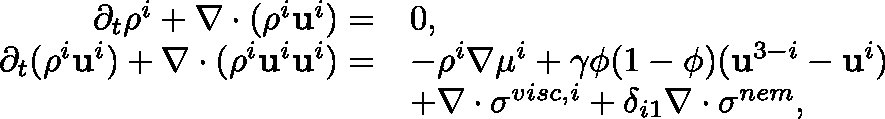
\begin{array} { r l } { \partial _ { t } \rho ^ { i } + \nabla \cdot ( \rho ^ { i } \mathbf { u } ^ { i } ) = } & { 0 , } \\ { \partial _ { t } ( \rho ^ { i } \mathbf { u } ^ { i } ) + \nabla \cdot ( \rho ^ { i } \mathbf { u } ^ { i } \mathbf { u } ^ { i } ) = } & { - \rho ^ { i } \nabla \mu ^ { i } + \gamma \phi ( 1 - \phi ) ( \mathbf { u } ^ { 3 - i } - \mathbf { u } ^ { i } ) } \\ & { + \nabla \cdot \mathbf { \sigma } ^ { v i s c , i } + \delta _ { i 1 } \nabla \cdot \mathbf { \sigma } ^ { n e m } , } \end{array}